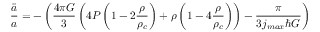
\frac { \ddot { a } } { a } = - \left( \frac { 4 \pi G } { 3 } \left( 4 P \left( 1 - 2 \frac { \rho } { \rho _ { c } } \right) + \rho \left( 1 - 4 \frac { \rho } { \rho _ { c } } \right) \right) - \frac { \pi } { 3 j _ { m a x } \hbar G } \right)